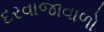
દરવાજાવાળો